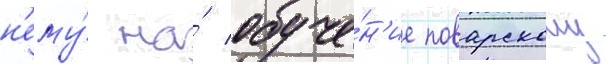
н'ему́ на́ обуче́н'ие поварскому